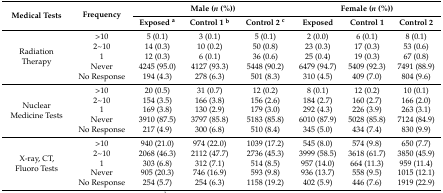
<table><thead><tr><td rowspan="2"><b>Medical Tests</b></td><td rowspan="2"><b>Frequency</b></td><td colspan="3"><b>Male (<i>n</i> (%))</b></td><td colspan="3"><b>Female (<i>n</i> (%))</b></td></tr><tr><td><b>Exposed <sup>a</sup></b></td><td><b>Control 1 <sup>b</sup></b></td><td><b>Control 2 <sup>c</sup></b></td><td><b>Exposed</b></td><td><b>Control 1</b></td><td><b>Control 2</b></td></tr></thead><tbody><tr><td rowspan="5">Radiation Therapy</td><td>&gt;10</td><td>5 (0.1)</td><td>3 (0.1)</td><td>5 (0.1)</td><td>2 (0.0)</td><td>6 (0.1)</td><td>8 (0.1)</td></tr><tr><td>2~10</td><td>14 (0.3)</td><td>10 (0.2)</td><td>50 (0.8)</td><td>23 (0.3)</td><td>17 (0.3)</td><td>53 (0.6)</td></tr><tr><td>1</td><td>12 (0.3)</td><td>6 (0.1)</td><td>36 (0.6)</td><td>25 (0.4)</td><td>19 (0.3)</td><td>67 (0.8)</td></tr><tr><td>Never</td><td>4245 (95.0)</td><td>4127 (93.3)</td><td>5448 (90.2)</td><td>6479 (94.7)</td><td>5409 (92.3)</td><td>7491 (88.9)</td></tr><tr><td>No Response</td><td>194 (4.3)</td><td>278 (6.3)</td><td>501 (8.3)</td><td>310 (4.5)</td><td>409 (7.0)</td><td>804 (9.6)</td></tr><tr><td rowspan="5">Nuclear Medicine Tests</td><td>&gt;10</td><td>20 (0.5)</td><td>31 (0.7)</td><td>12 (0.2)</td><td>8 (0.1)</td><td>12 (0.2)</td><td>10 (0.1)</td></tr><tr><td>2~10</td><td>154 (3.5)</td><td>166 (3.8)</td><td>156 (2.6)</td><td>184 (2.7)</td><td>160 (2.7)</td><td>166 (2.0)</td></tr><tr><td>1</td><td>169 (3.8)</td><td>130 (2.9)</td><td>179 (3.0)</td><td>292 (4.3)</td><td>226 (3.9)</td><td>263 (3.1)</td></tr><tr><td>Never</td><td>3910 (87.5)</td><td>3797 (85.8)</td><td>5183 (85.8)</td><td>6010 (87.9)</td><td>5028 (85.8)</td><td>7124 (84.9)</td></tr><tr><td>No Response</td><td>217 (4.9)</td><td>300 (6.8)</td><td>510 (8.4)</td><td>345 (5.0)</td><td>434 (7.4)</td><td>830 (9.9)</td></tr><tr><td rowspan="5">X-ray, CT, Fluoro Tests</td><td>&gt;10</td><td>940 (21.0)</td><td>974 (22.0)</td><td>1039 (17.2)</td><td>545 (8.0)</td><td>574 (9.8)</td><td>650 (7.7)</td></tr><tr><td>2~10</td><td>2068 (46.3)</td><td>2112 (47.7)</td><td>2736 (45.3)</td><td>3999 (58.5)</td><td>3618 (61.7)</td><td>3850 (45.9)</td></tr><tr><td>1</td><td>303 (6.8)</td><td>312 (7.1)</td><td>514 (8.5)</td><td>957 (14.0)</td><td>664 (11.3)</td><td>959 (11.4)</td></tr><tr><td>Never</td><td>905 (20.3)</td><td>746 (16.9)</td><td>593 (9.8)</td><td>936 (13.7)</td><td>558 (9.5)</td><td>1015 (12.1)</td></tr><tr><td>No Response</td><td>254 (5.7)</td><td>254 (6.3)</td><td>1158 (19.2)</td><td>402 (5.9)</td><td>446 (7.6)</td><td>1919 (22.9)</td></tr></tbody></table>